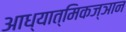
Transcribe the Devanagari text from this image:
आध्यात्मिकज्ञान